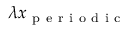
\lambda x _ { \mathrm { ~ p ~ e ~ r ~ i ~ o ~ d ~ i ~ c ~ } }